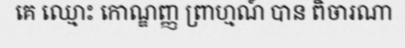
គេ ឈ្មោះ កោណ្ឌញ្ញ ព្រាហ្មណ៍ បាន ពិចារណា